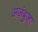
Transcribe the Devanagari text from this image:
अजंबुजा